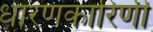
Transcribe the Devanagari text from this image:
धारणकारिणी